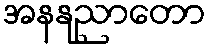
အနနုညာတော